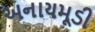
અનાયમૂડી